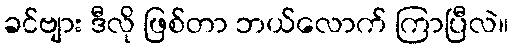
ခင်ဗျား ဒီလို ဖြစ်တာ ဘယ်လောက် ကြာပြီလဲ။